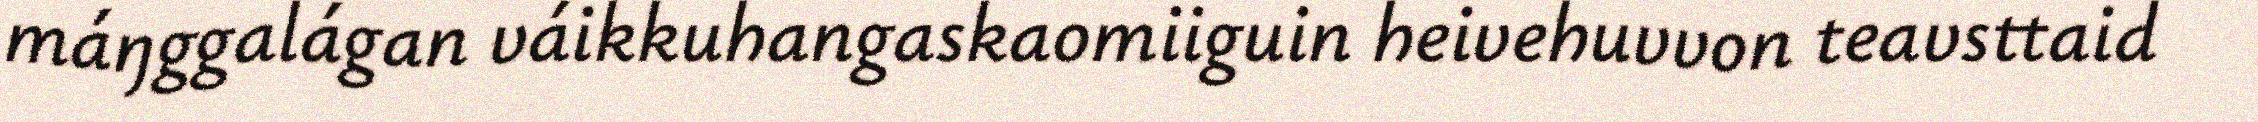
máŋggalágan váikkuhangaskaomiiguin heivehuvvon teavsttaid